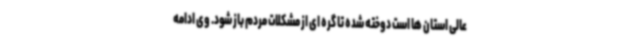
عالی استان ها است دوخته شده تا گره ای از مشکلات مردم باز شود. وی ادامه